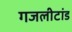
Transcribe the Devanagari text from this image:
गजलीटांड